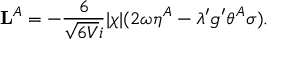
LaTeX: { \bf L } ^ { A } = - \frac { 6 } { \sqrt { 6 V } i } | \chi | ( 2 \omega \eta ^ { A } - \lambda ^ { \prime } g ^ { \prime } \theta ^ { A } \sigma ) .